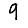
Digit: 9